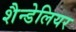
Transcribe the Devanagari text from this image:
शैन्डेलियर